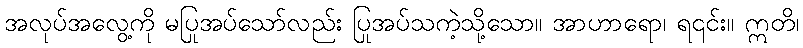
အလုပ်အလွေ့ကို မပြုအပ်သော်လည်း ပြုအပ်သကဲ့သို့သော။ အာဟာရော၊ ရ၎င်း။ ဣတိ၊